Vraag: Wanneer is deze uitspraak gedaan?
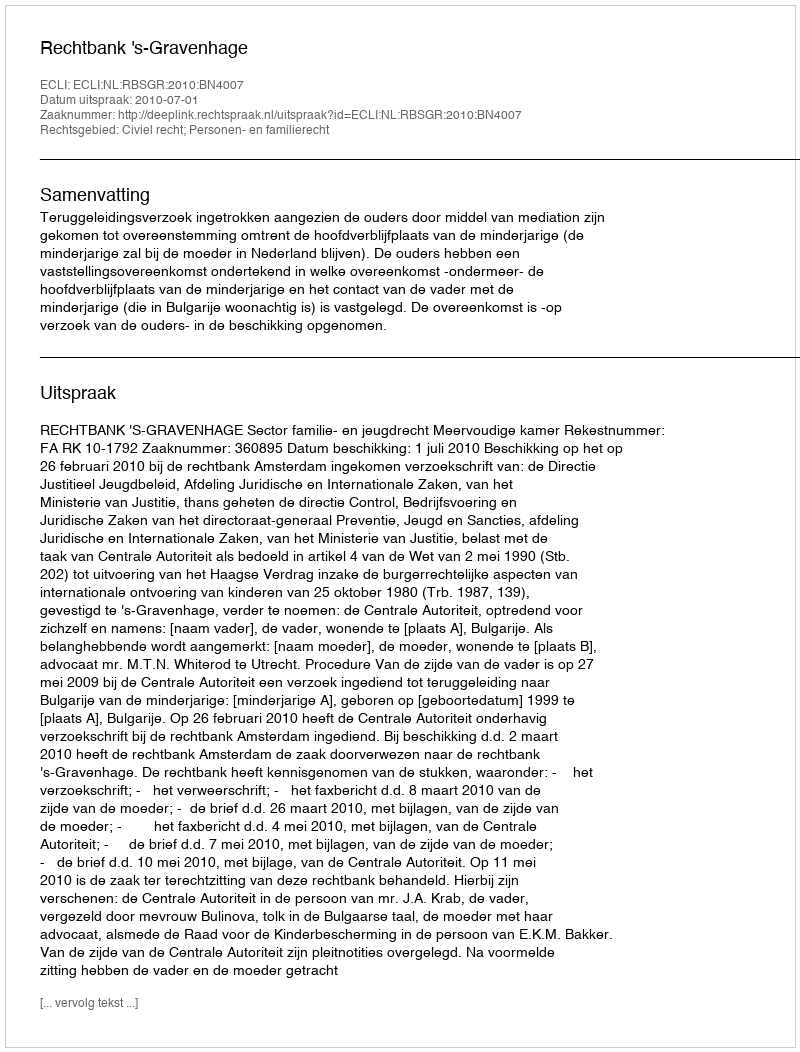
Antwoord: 2010-07-01